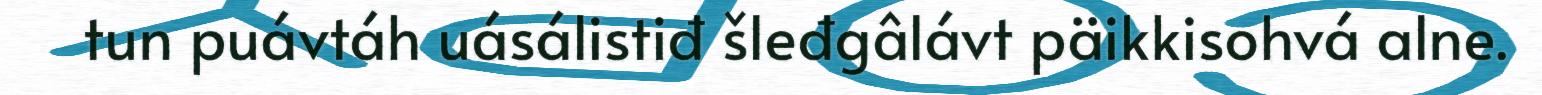
tun puávtáh uásálistiđ šleđgâlávt päikkisohvá alne.